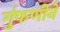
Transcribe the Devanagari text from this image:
गुंफणीने